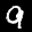
Label: 9